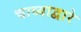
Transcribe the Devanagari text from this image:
चाव्याद्वारे